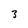
Character: 3